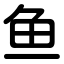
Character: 鱼